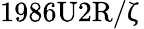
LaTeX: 1986\mathrm{U}2\mathrm{R}/\upzeta